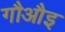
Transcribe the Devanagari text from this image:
गौऔइ